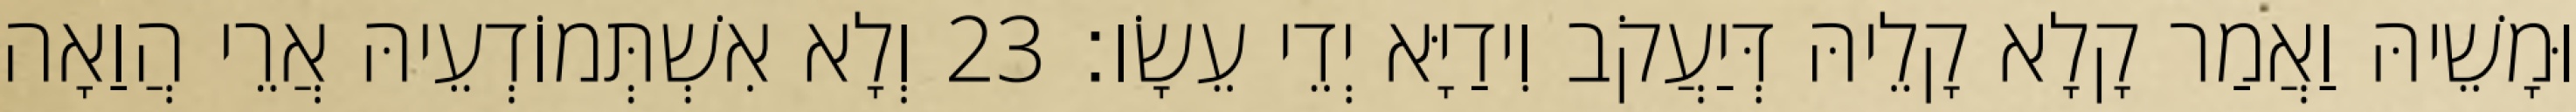
וּמָשֵׁיהּ וַאֲמַר קָלָא קָלֵיהּ דְּיַעֲקֹב וִידַיָּא יְדֵי עֵשָׂו׃ 23 וְלָא אִשְׁתְּמוֹדְעֵיהּ אֲרֵי הֲוַאָה